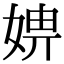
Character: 𡞑